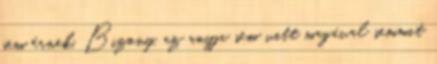
sem érnek. Bizony, az anyja sem vitt magával semmit